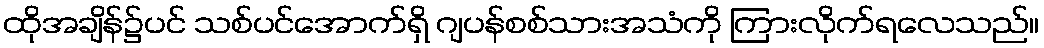
ထိုအချိန်၌ပင် သစ်ပင်အောက်ရှိ ဂျပန်စစ်သားအသံကို ကြားလိုက်ရလေသည်။